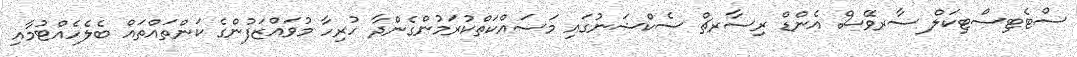
ސްޓެޓިސްޓިކަލް ސާރވޭސް އެންޑް ރިސާރޗް ސެކްޝަނުގައި މަސައްކަތްކުރަމުންގެންދާ ހުރިހާ މުވައްޒަފުންގެ ކަންތައްތައް ބެލެހެއްޓުމާއި